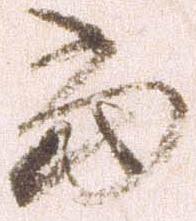
当